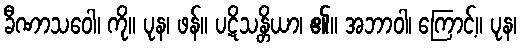
ခီဏာသဝေါ၊ ကို။ ပုန၊ ဖန်။ ပဋိသန္တိယာ၊ ၏။ အဘာဝါ၊ ကြောင့်။ ပုန၊